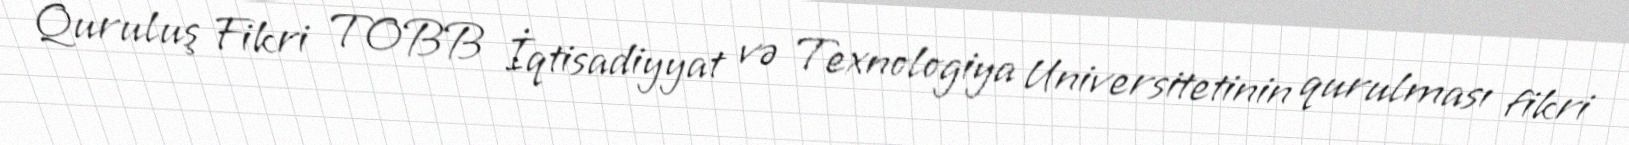
Quruluş Fikri TOBB İqtisadiyyat və Texnologiya Universitetinin qurulması fikri